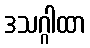
ဒသဂ္ဂါထာ